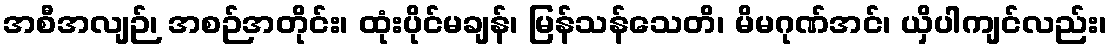
အစီအလျဉ်၊ အစဉ်အတိုင်း၊ ထုံးပိုင်မချန်၊ မြန်သန်သေတိ၊ မိမဂုဏ်အင်၊ ယှိပါကျင်လည်း၊